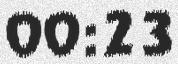
00:23